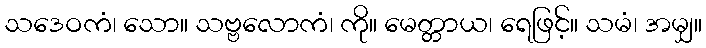
သဒေဝကံ၊ သော။ သဗ္ဗလောကံ၊ ကို။ မေတ္တာယ၊ ရေဖြင့်။ သမံ၊ အမျှ။